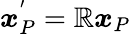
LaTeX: \boldsymbol{x}_{P}^{'}=\boldsymbol{\mathbb{R}}\boldsymbol{x}_{P}